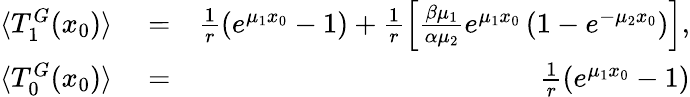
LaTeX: \begin{array}{rlr}{\langle T_{1}^{G}(x_{0})\rangle}&{{}=}&{\frac{1}{r}\left(e^{\mu_{1}x_{0}}-1\right)+\frac{1}{r}\left[\frac{\beta\mu_{1}}{\alpha\mu_{2}}e^{\mu_{1}x_{0}}\left(1-e^{-\mu_{2}x_{0}}\right)\right],}\\ {\langle T_{0}^{G}(x_{0})\rangle}&{{}=}&{\frac{1}{r}\left(e^{\mu_{1}x_{0}}-1\right)}\end{array}